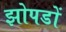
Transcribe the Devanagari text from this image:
झोपडों